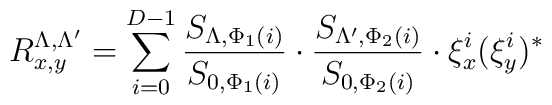
R^{\Lambda,\Lambda'}_{x,y} = \sum_{i=0}^{D-1}\frac{S_{\Lambda,\Phi_1(i)}}{S_{0,\Phi_1(i)}} \cdot\frac{S_{\Lambda',\Phi_2(i)}}{S_{0,\Phi_2(i)}} \cdot\xi^i_x (\xi^i_y)^*